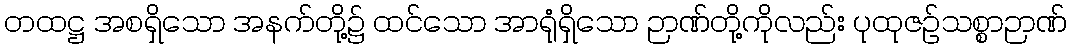
တထဋ္ဌ အစရှိသော အနက်တို့၌ ထင်သော အာရုံရှိသော ဉာဏ်တို့ကိုလည်း ပုထုဇဉ်သစ္စာဉာဏ်